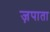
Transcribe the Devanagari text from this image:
ज़पाता